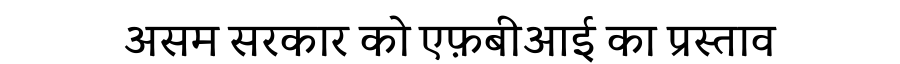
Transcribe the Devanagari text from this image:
असम सरकार को एफ़बीआई का प्रस्ताव